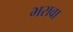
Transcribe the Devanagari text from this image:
भरावा